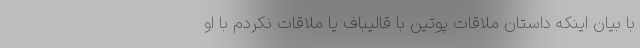
با بیان اینکه داستان ملاقات پوتین با قالیباف یا ملاقات ‌نکردم با او